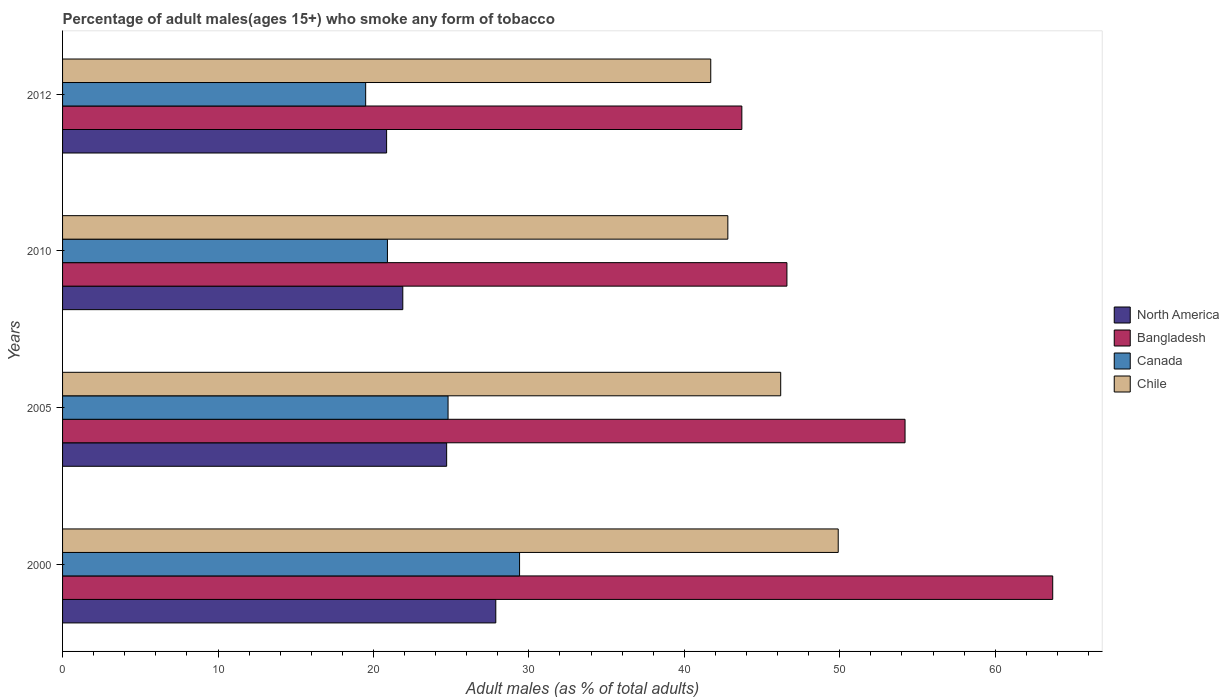
| Years | North America | Bangladesh | Canada | Chile |
 | --- | --- | --- | --- | --- |
 | 2000 | 27.9 | 63.7 | 29.4 | 49.9 |
 | 2005 | 24.7 | 54.2 | 24.8 | 46.2 |
 | 2010 | 21.9 | 46.6 | 20.9 | 42.8 |
 | 2012 | 20.8 | 43.7 | 19.5 | 41.7 |